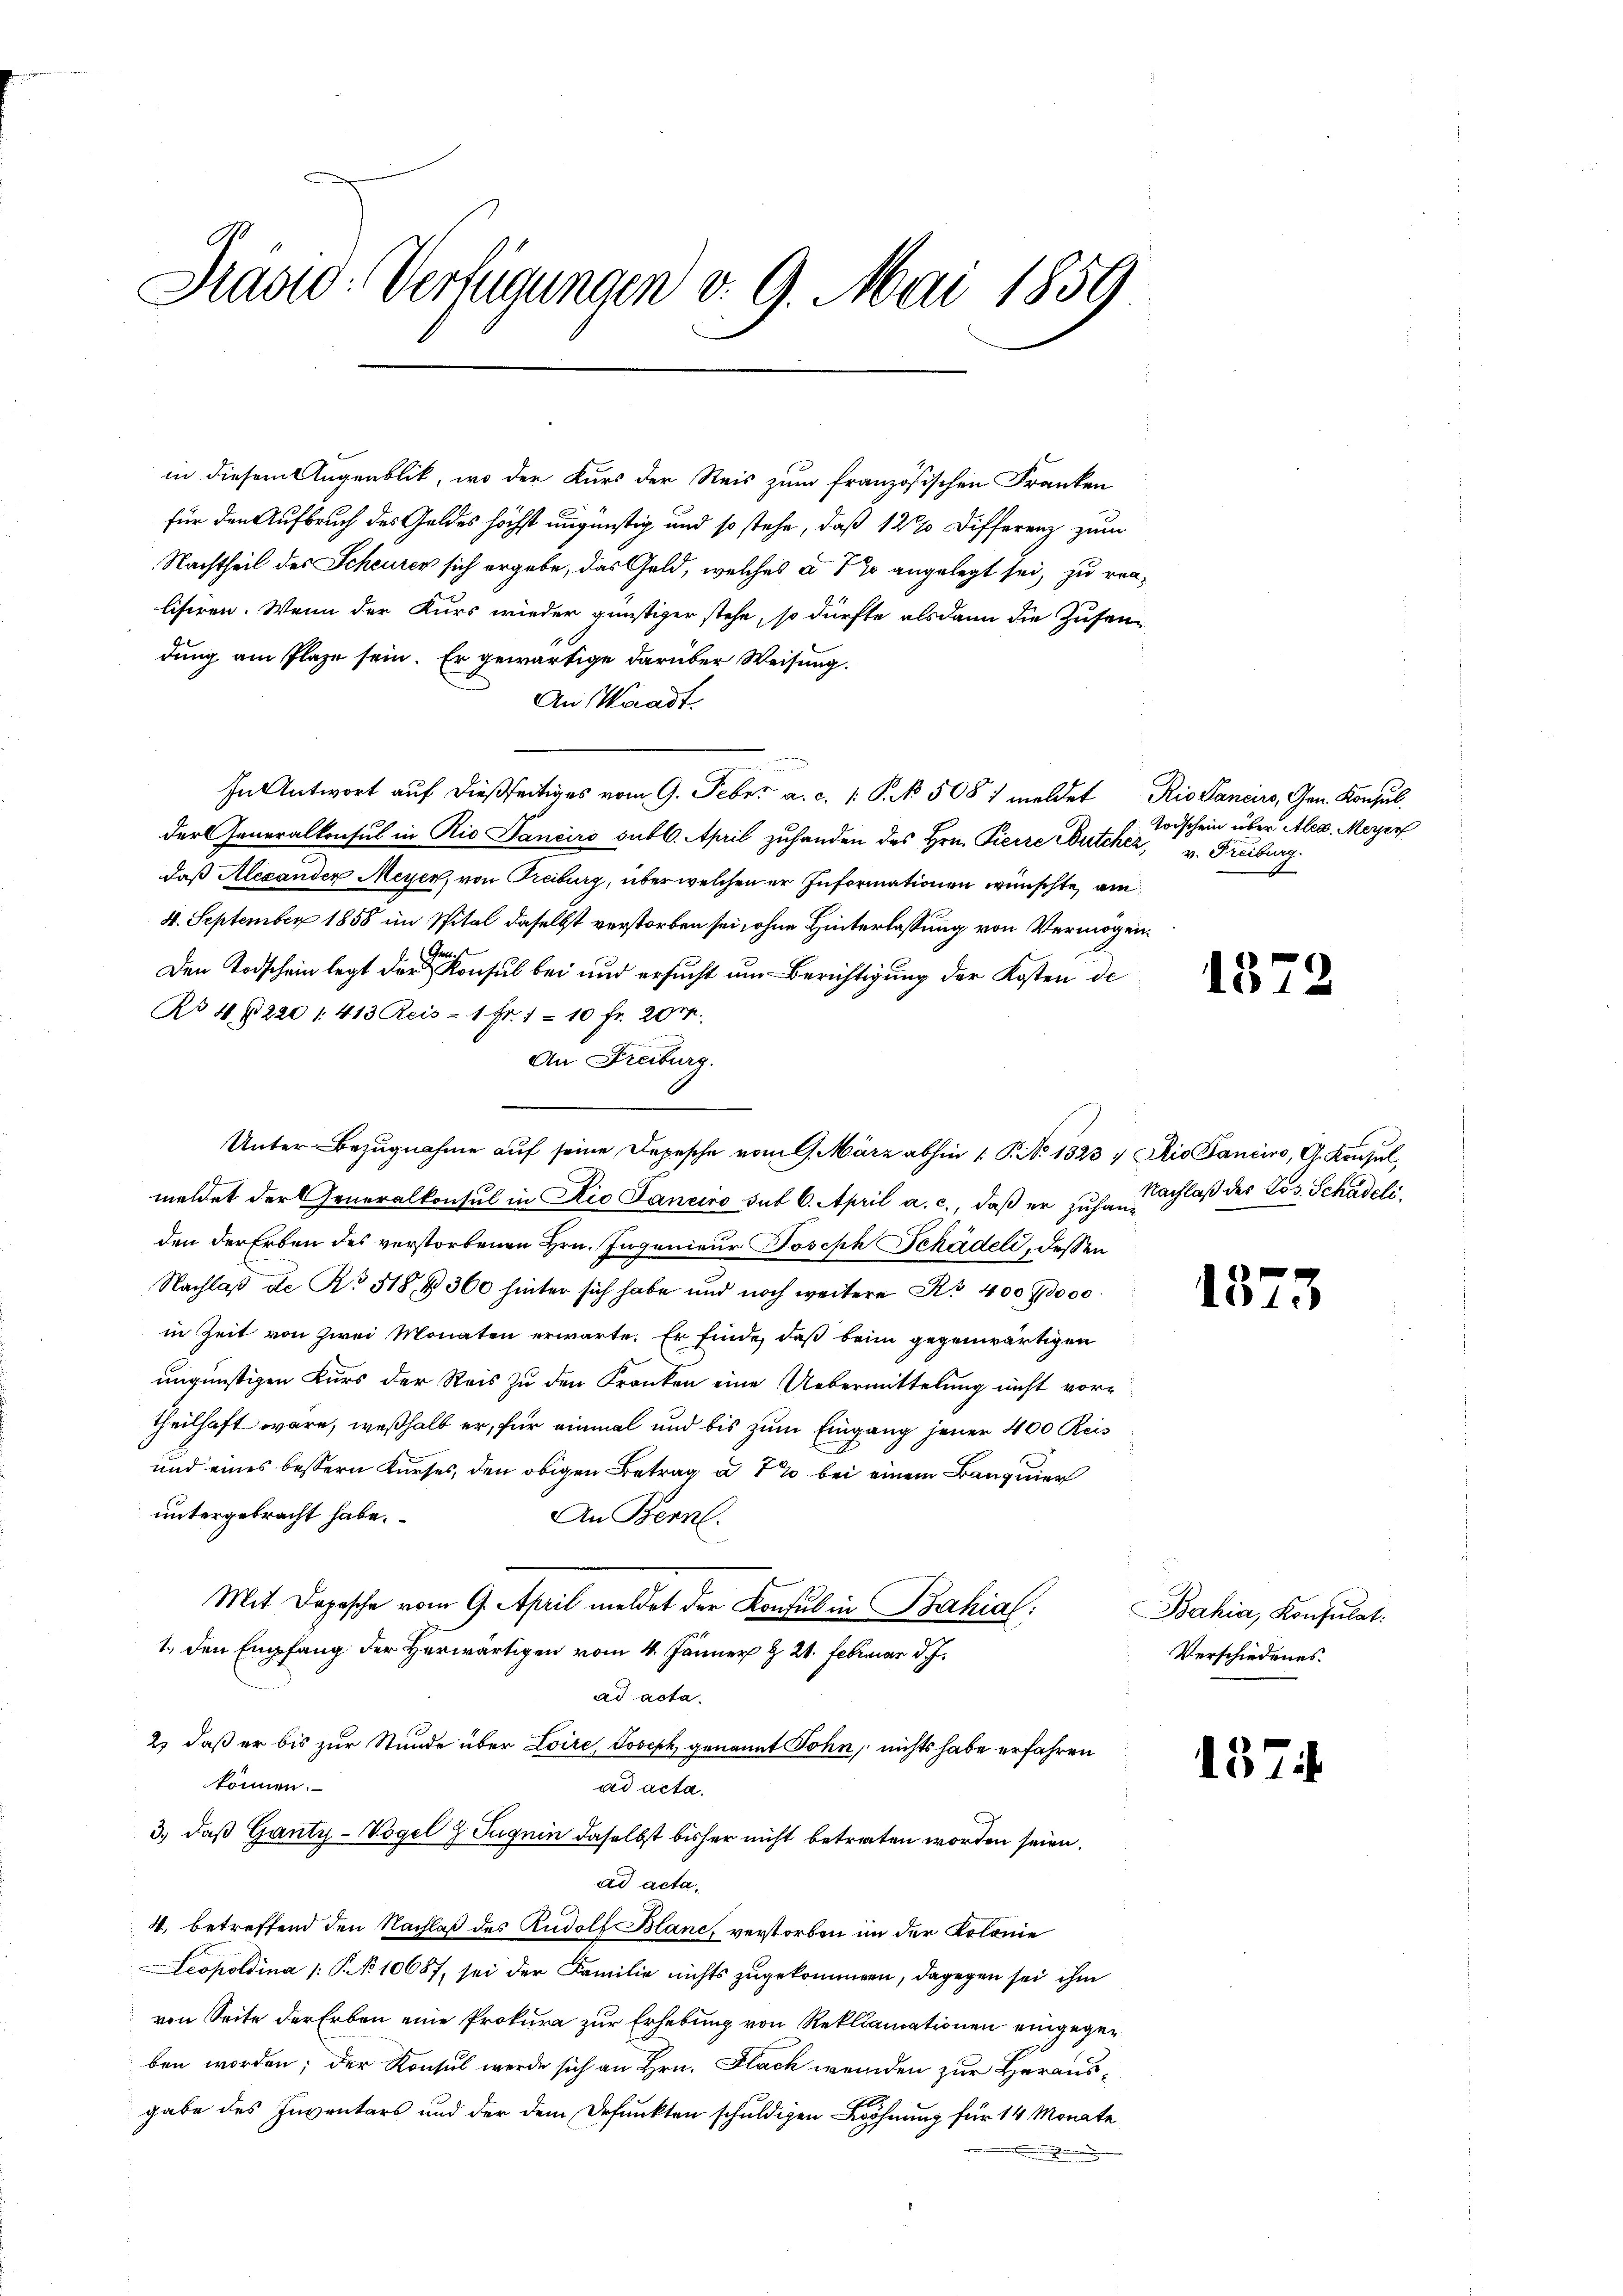
Sado-Verfügungen v. 9. Mai 1859

in diesem Augenblik, wo der Kurs der Reis zum französischen Franken
für den Aufbruch des Geldes höchst ungünstig und so stehe, daß 12% Differenz zum
Nachtheil des Scheurer sich ergebe, das Geld, welches a 720 angelegt sei, zu renlisiren. Wenn der Kurs wieder günstiger stehe, so dürfte alsdann die Zusen-
dung am Plaze sein. Er gewärtige darüber Weisung.
An Waadt.
In Antwort auf dießseitiges vom 9. Febr. a. c. 1. P. No 508 / meldet Rio Sancirs, Gen. Konsul
der Generalkonsul in Rio Panciro sub. April zuhanden des Hrn. Pierre Britcher, v. Freiburg
daß Alexander Meyer, von Treiburg, über welchen er Informationen wünschte, am
4. September 1858 im Spital daselbst verstorben sei, ohne Hinterlassung von Vermögen¬
Den Todschein legt der Konsul bei und ersucht um Berichtigung der Kosten de
No 46220 / 413 Reis- 1 Fr. 1 – 10 fr. 20 M.
An Freiburg.
Unter Bezugnahme auf seine Depesche vom 9. März abhin 1 P. No 1323) Die Pancino, G. Konsul,
meldet der Generalkonsul in Rio Janeiro sub 6. April a. c., daß er zuhansachlaß des Los. Schadeliden der Erben des verstorbenen Hrn. Ingenieur Joseph Schädeli, dessen
Nachlaß de No 518, 4 360 hinter sich habe und noch weitere Art. 400,000
in Zeit von zwei Monaten erwarte. Er finde, daß beim gegenwärtigen
ungünstigen Kurs der Reis zu den Kranken eine Uebermittelung nicht vor-
theilhaft wäre, weßhalb er, für einmal und bis zum Eingang jener 400 Rei¬
und eines bessern Kurses, den obigen Betrag à 1 % bei einem Banquier
untergebracht habe.
An Bern.
Mit Depesche vom 9. April meldet der Konsul in Bahial.
1., den Empfang der Herwärtigen vom 4. Jänner § 21. Februar d. J.
ad acta.
2) daß er bis zur Stunde über Loire, Joseph genannt Sohn, nichts habe erfahren
können.
ad acta.
3.) daß Ganty-Vogel & Tugnin daselbst bisher nicht betreten worden seien.
ad acta,
4. betreffend den Nachlaß des Rudolf Blanc, verstorben im der Kolonie
Leopoldina 1: P. No 10687, sei der Familie nichts zugekommen, dagegen sei ihm
von Seite der Erben eine Prokura zur Erhebung von Reklamationen eingegeben worden; der Konsul werde sich an Hrn. Flach werden zur Heraus-
gabe des Inventars und der dem Defunkten schuldigen Wohnung für 14 Monate
.

Todschein über Aleg. Meyer

18

137

137

s

Bahia, Konsulat
Verschiedenes.